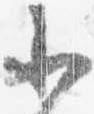
少